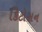
કિટોસન